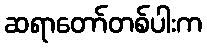
ဆရာတော်တစ်ပါးက